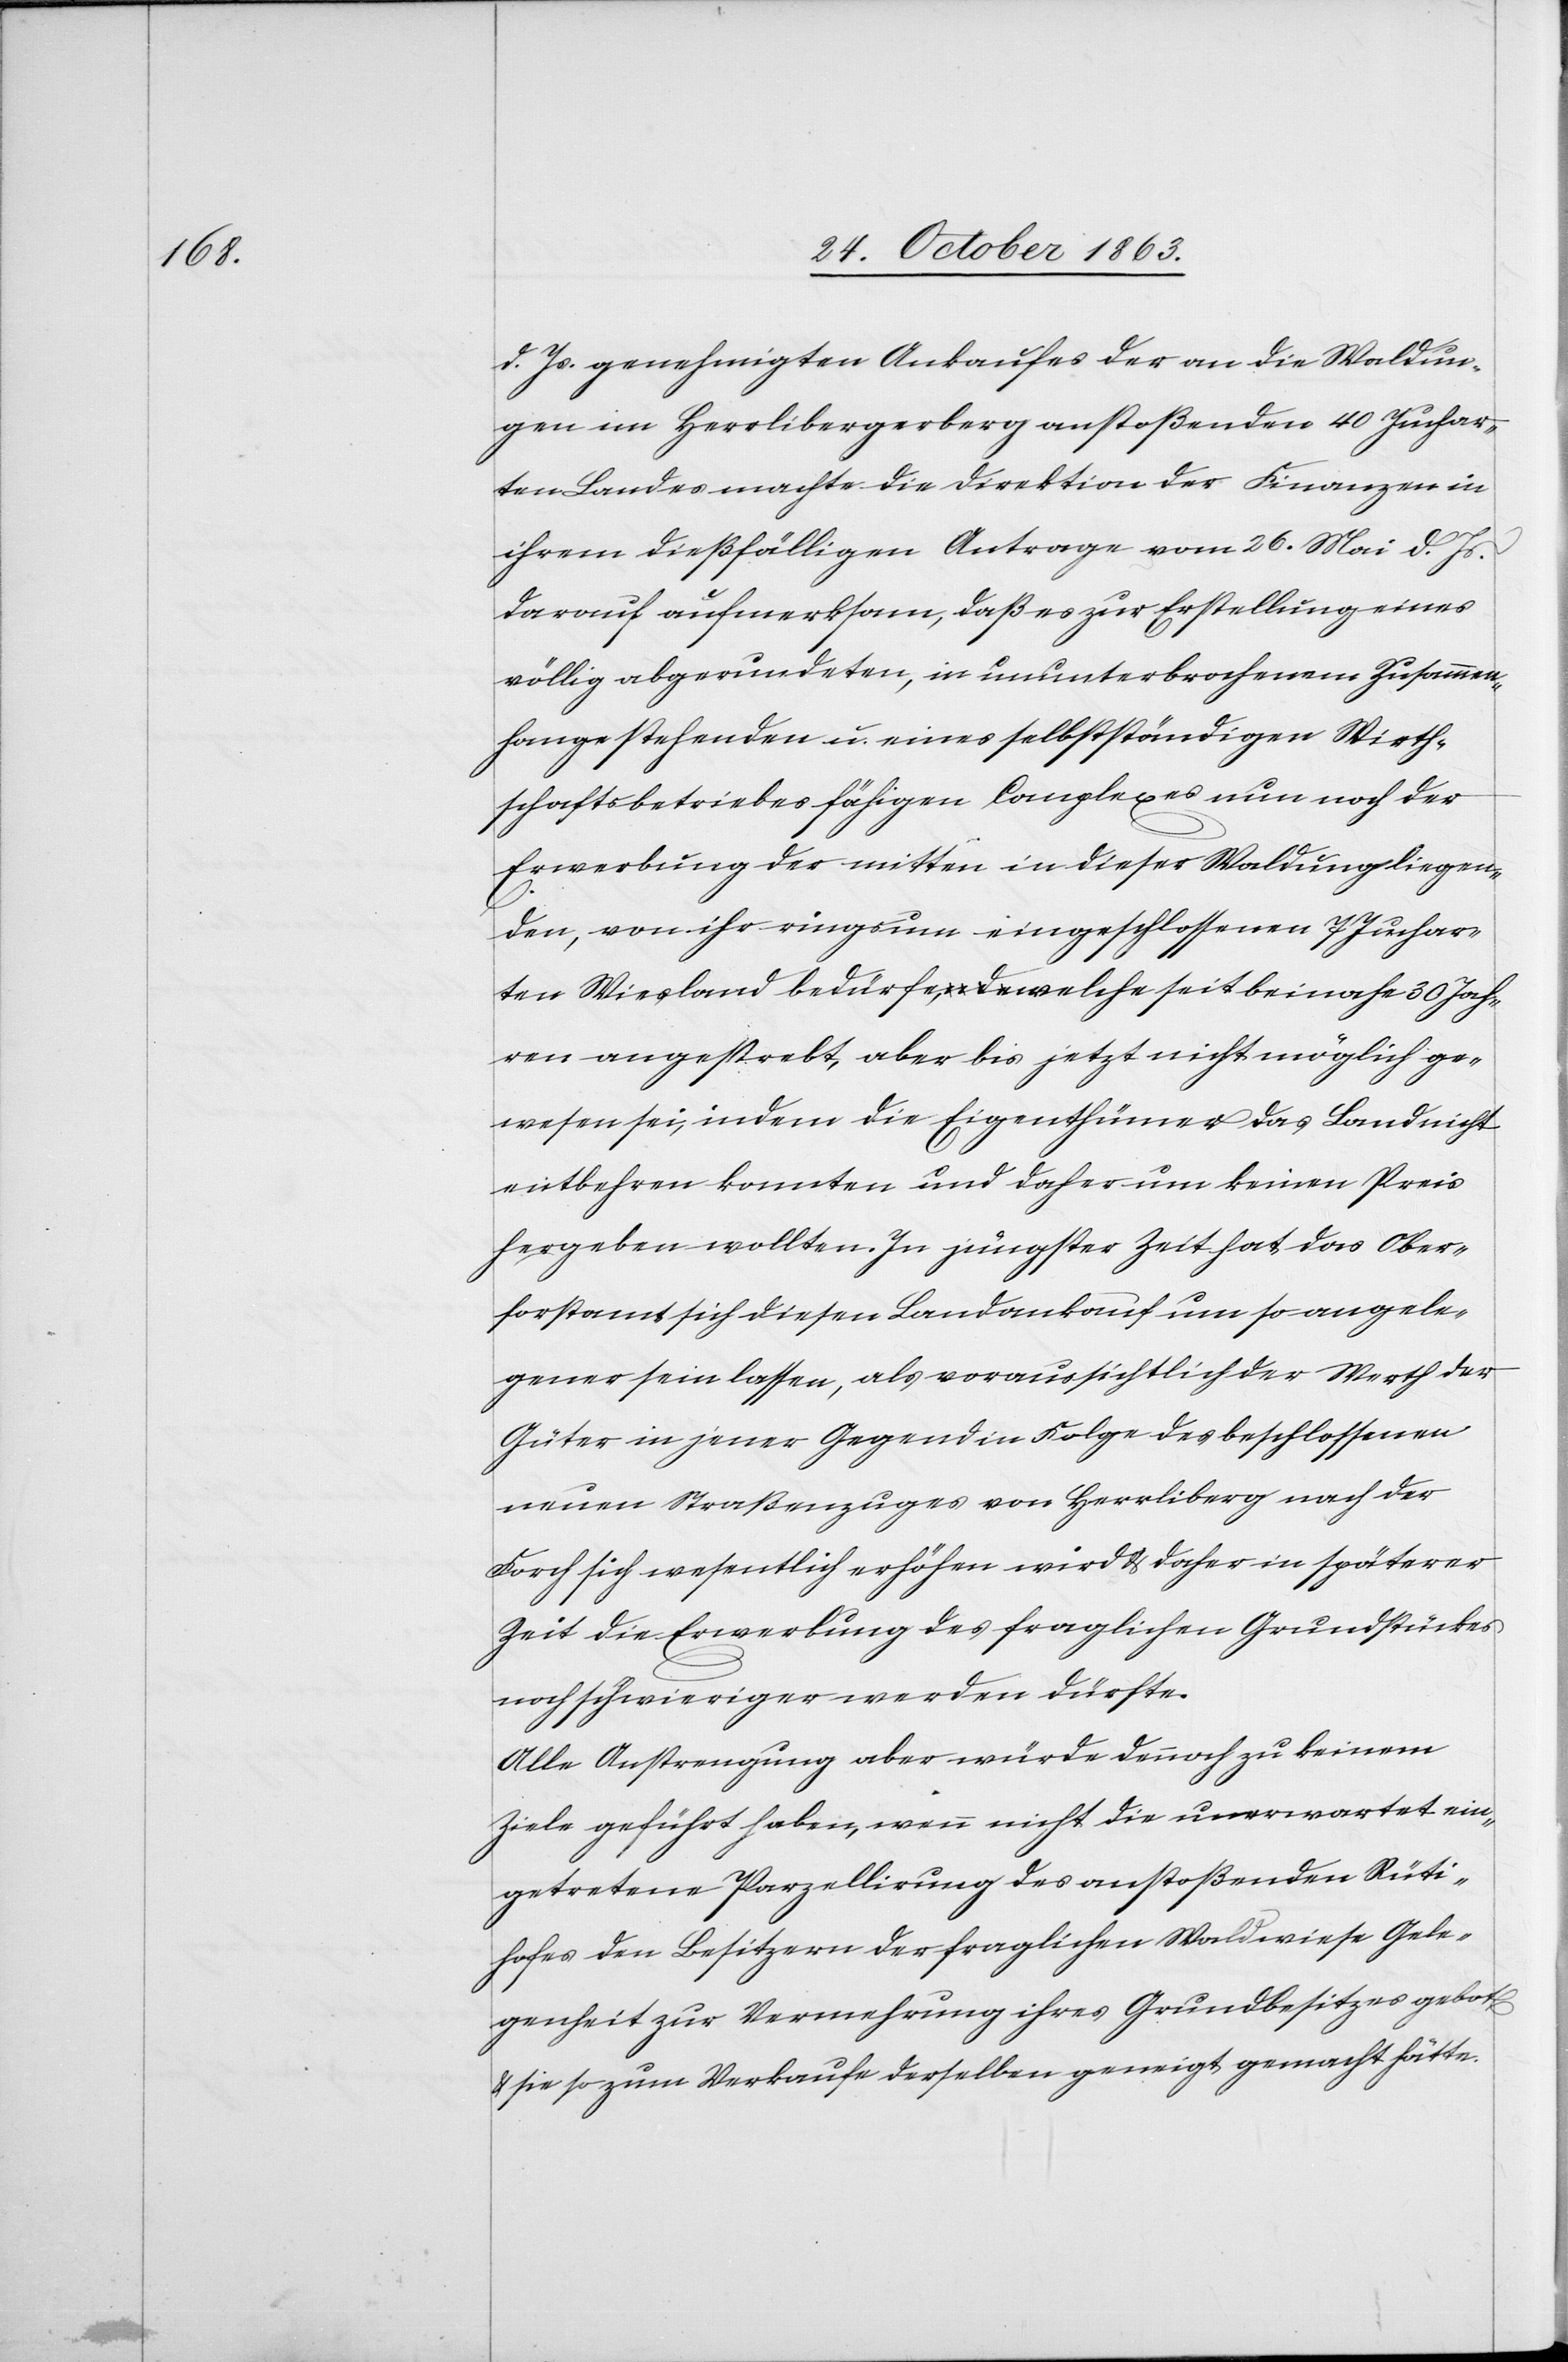
d. Js. genehmigten Ankaufes der an die Waldun¬
gen im Herrlibergerberg anstoßenden 40 Juchar¬
ten Landes machte die Direktion der Finanzen in
ihrem dießfälligen Antrage vom 26. Mai d. Js.
darauf aufmerksam, daß es zur Erstellung eines
völlig abgerundeten, in ununterbrochenem Zusammen¬
hange stehenden u. eines selbstständigen Wirth¬
schaftsbetriebes fähigen Complexes nun noch der
Erwerbung der mitten in dieser Waldung liegen¬
den, von ihr ringsum eingeschlossenen 7 Juchar¬
ten Wiesland bedürfe, welche seit beinahe 30 Jah¬
ren angestrebt, aber bis jetzt nicht möglich ge¬
wesen sei, indem die Eigenthümer das Land nicht
entbehren konnten und daher um keinen Preis
hergeben wollten. In jüngster Zeit hat das Ober¬
forstamt sich diesen Landankauf um so angele¬
gener sein lassen, als voraussichtlich der Werth der
Güter in jener Gegend in Folge des beschlossenen
neuen Straßenzuges von Herrliberg nach der
Forch sich wesentlich erhöhen wird & daher in späterer
Zeit die Erwerbung des fraglichen Grundstückes
noch schwieriger werden dürfte.
Alle Anstrengung aber würde dennoch zu keinem
Ziele geführt haben, wenn nicht die unerwartet ein¬
getretene Parzellirung des anstoßenden Rüti¬
hofes den Besitzern der fraglichen Waldwiese Gele¬
genheit zur Vermehrung ihres Grundbesitzes gebot
& sie so zum Verkaufe derselben geneigt gemacht hätte.